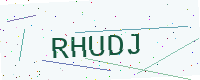
Text: RHUDJ